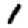
Digit: 1